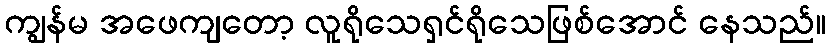
ကျွန်မ အဖေကျတော့ လူရိုသေရှင်ရိုသေဖြစ်အောင် နေသည်။